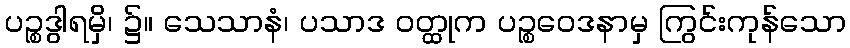
ပဉ္စဒွါရမှိ၊ ၌။ သေသာနံ၊ ပသာဒ ဝတ္ထုက ပဉ္စဝေဒနာမှ ကြွင်းကုန်သော